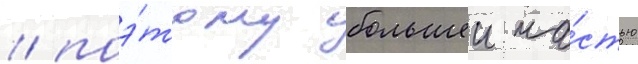
/ поэ́тому большеи ча́стью